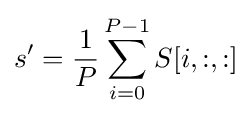
s'={\frac {1}{P}}\sum _{i=0}^{P-1}S[i,:,:]